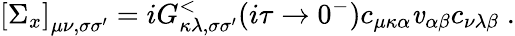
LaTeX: \left[\Sigma_{x}\right]_{\mu\nu,\sigma\sigma^{\prime}}=iG_{\kappa\lambda,\sigma\sigma^{\prime}}^{<}(i\tau\rightarrow0^{-})c_{\mu\kappa\alpha}\mathit{v}_{\alpha\beta}c_{\nu\lambda\beta}\; .